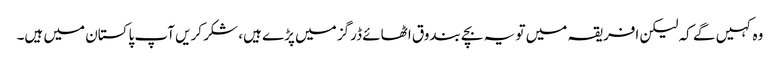
وہ کہیں گے کہ لیکن افریقہ میں تو یہ بچے بندوق اٹھائے ڈرگز میں پڑے ہیں، شکر کریں آپ پاکستان میں ہیں۔